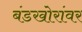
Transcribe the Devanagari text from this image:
बंडखोरांवर